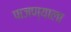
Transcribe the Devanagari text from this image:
पाजण्याला